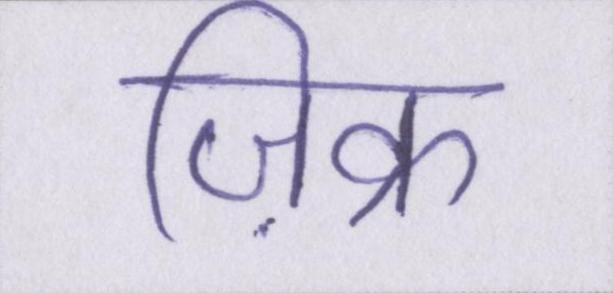
ज़िक्र